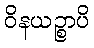
ဝိနယဉ္စာပိ